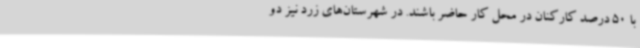
با 50 درصد کارکنان در محل کار حاضر باشند. در شهرستان‌های زرد نیز دو